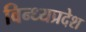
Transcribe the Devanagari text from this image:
विन्ध्यप्रदेश